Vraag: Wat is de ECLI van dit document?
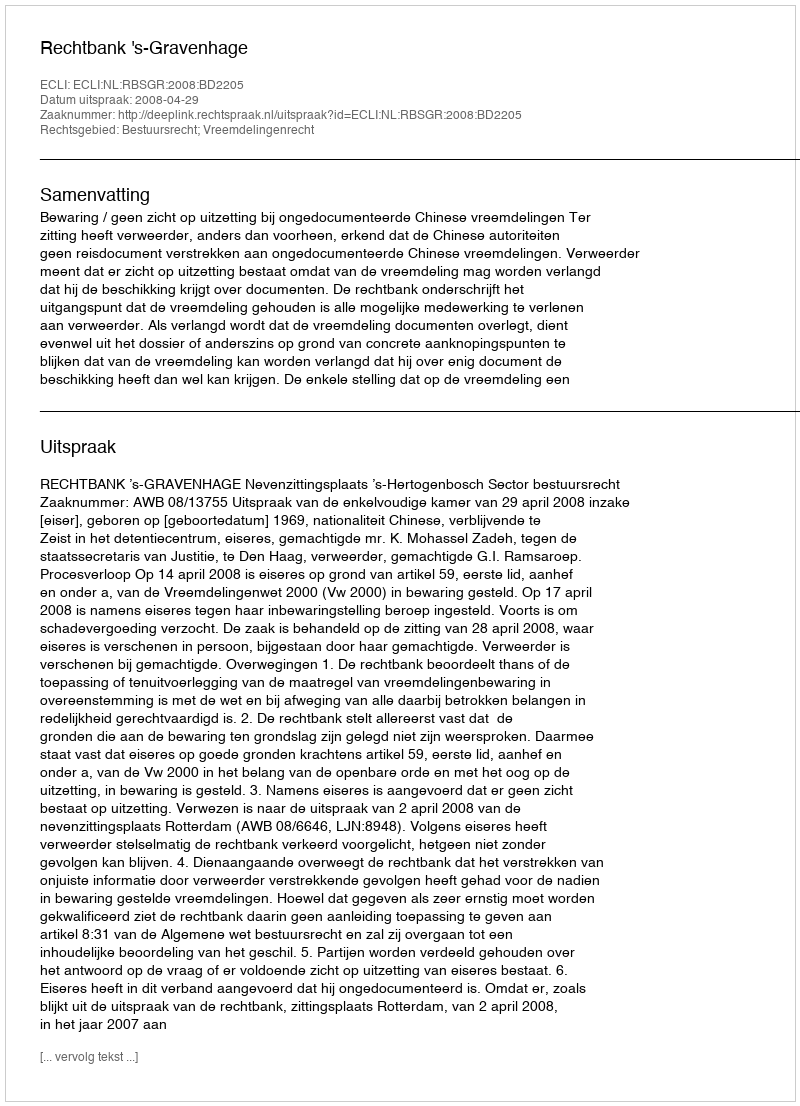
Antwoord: ECLI:NL:RBSGR:2008:BD2205